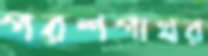
পরশপাথর